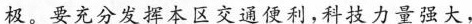
极。要充分发挥本区交通便利，科技力量强大，